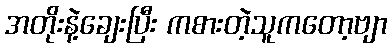
အတိုးနဲ့ချေးပြီး ကစားတဲ့သူကတော့ဗျာ